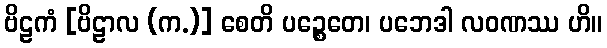
ဗိဠကံ [ဗိဠာလ (က.)] စေတိ ပဉ္စေတေ၊ ပဘေဒါ လဝဏဿ ဟိ။